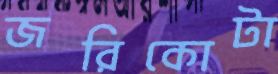
জরিকোটা